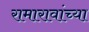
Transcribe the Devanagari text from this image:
रामारावांच्या